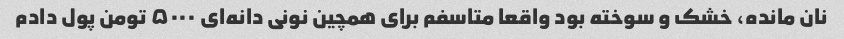
نان مانده، خشک و سوخته بود واقعا متاسفم برای همچین نونی دانه‌ای ۵۰۰۰ تومن پول دادم